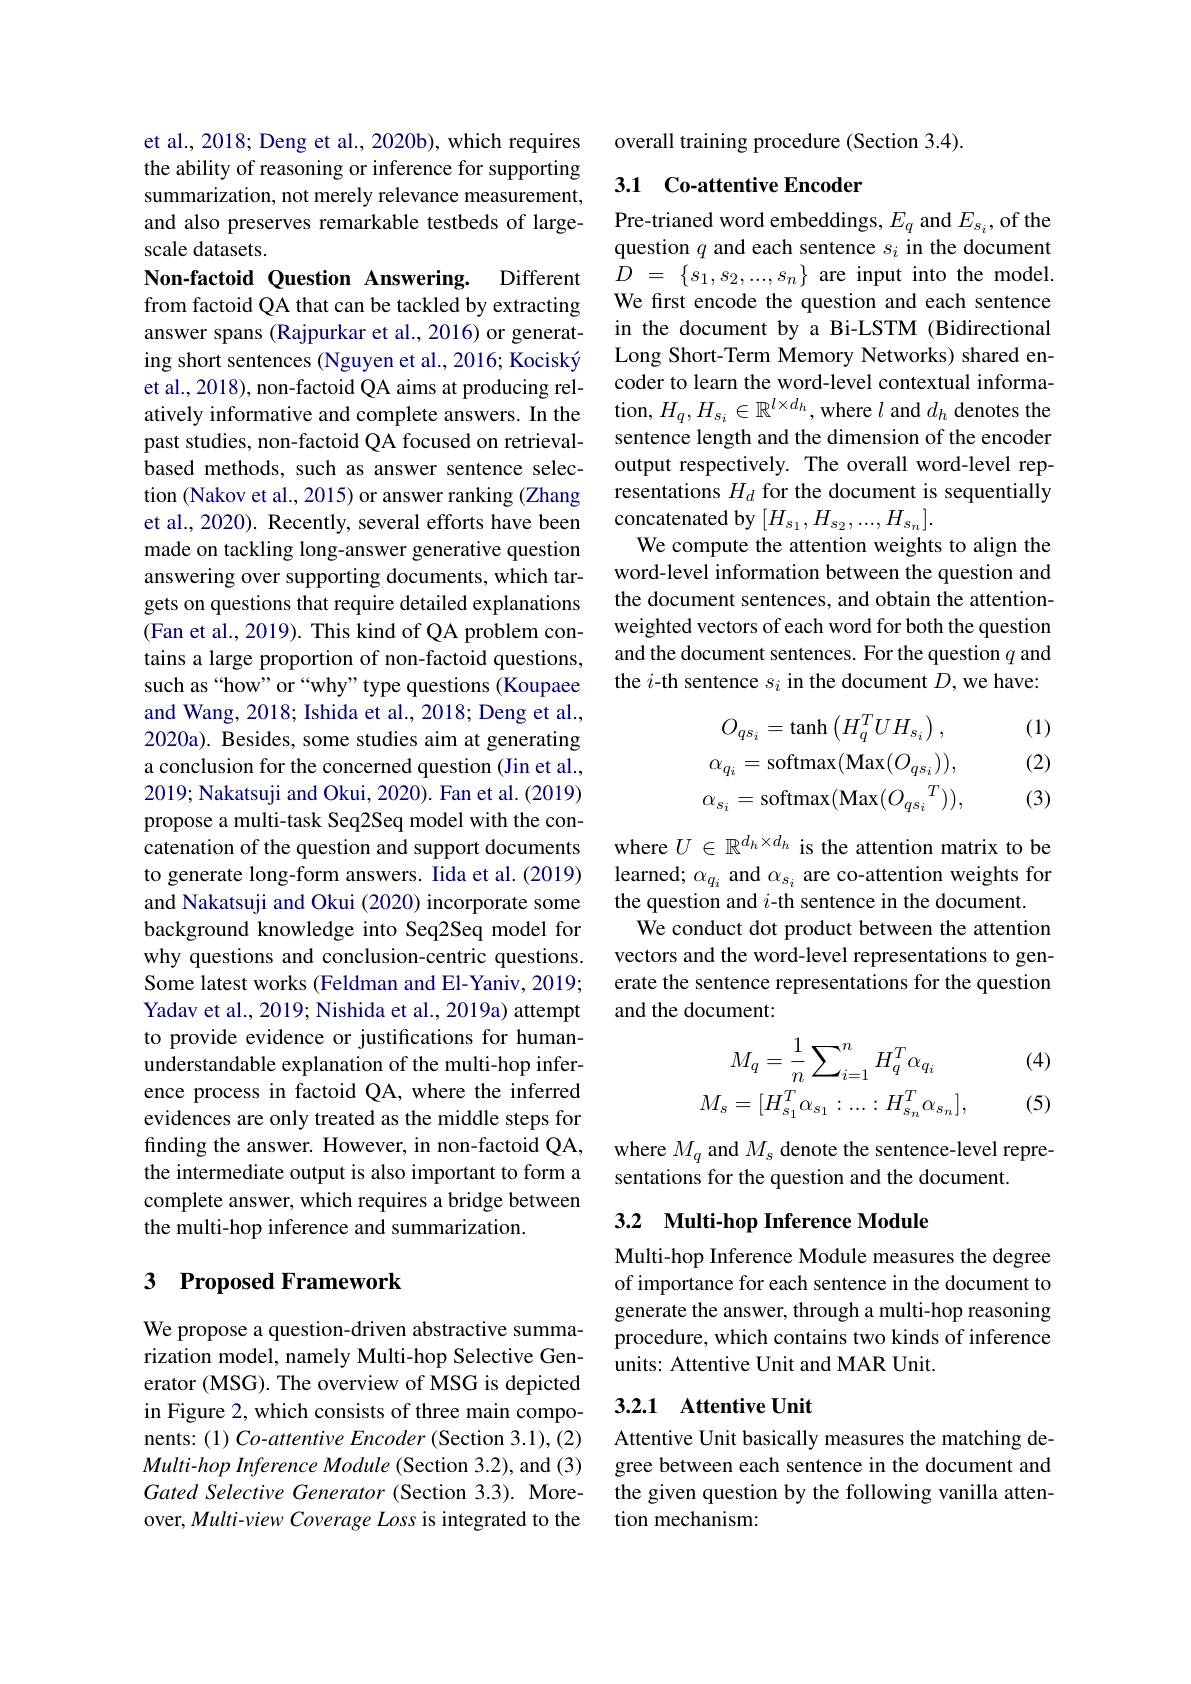
et al., 2018; Deng et al., 2020b), which requires the ability of reasoning or inference for supporting summarization, not merely relevance measurement, and also preserves remarkable testbeds of largescale datasets.

Non-factoid Question Answering. Different from factoid QA that can be tackled by extracting answer spans (Rajpurkar et al., 2016) or generating short sentences (Nguyen et al., 2016; Kociský et al., 2018), non-factoid QA aims at producing relatively informative and complete answers. In the past studies, non-factoid QA focused on retrievalbased methods, such as answer sentence selection (Nakov et al., 2015) or answer ranking (Zhang et al., 2020). Recently, several efforts have been made on tackling long-answer generative question answering over supporting documents, which targets on questions that require detailed explanations (Fan et al., 2019). This kind of QA problem contains a large proportion of non-factoid questions, such as“how” or“why” type questions(Koupaee and Wang, 2018; Ishida et al., 2018; Deng et al., 2020a). Besides, some studies aim at generating a conclusion for the concerned question (Jin et al., 2019; Nakatsuji and Okui, 2020). Fan et al. (2019) propose a multi-task Seq2Seq model with the concatenation of the question and support documents to generate long-form answers. Iida et al.(2019) and Nakatsuji and Okui (2020) incorporate some background knowledge into Seq2Seq model for why questions and conclusion-centric questions. Some latest works (Feldman and El-Yaniv, 2019; Yadav et al., 2019; Nishida et al., 2019a) attempt to provide evidence or justifications for humanunderstandable explanation of the multi-hop inference process in factoid QA, where the inferred evidences are only treated as the middle steps for finding the answer. However, in non-factoid QA, the intermediate output is also important to form a complete answer, which requires a bridge between the multi-hop inference and summarization.

## 3 Proposed Framework

We propose a question-driven abstractive summarization model, namely Multi-hop Selective Generator (MSG). The overview of MSG is depicted in Figure 2, which consists of three main components: (1) Co-attentive Encoder (Section 3.1), (2) Multi-hop Inference Module (Section 3.2), and (3) Gated Selective Generator (Section 3.3). Moreover, Multi-view Coverage Loss is integrated to the

overall training procedure (Section 3.4).

## 3.1 Co-attentive Encoder

Pre-trianed word embeddings, $E_q$ and $E_{s_i}$, of the question $q$ and each sentence $s_i$ in the document ${\hat{D} }$ = $\{ s_{1}, s_{2}, . . . , s_{n}\}$are input into the model. We first encode the question and each sentence in the document by a Bi-LSTM (Bidirectional Long Short-Term Memory Networks) shared encoder to learn the word-level contextual information, $H_q,H_{s_i}\in\mathbb{R}^{l\times d_h}$, where $l$ and $d_h$ denotes the sentence length and the dimension of the encoder output respectively. The overall word-level representations $H_d$ for the document is sequentially concatenated by $[H_{s_1},H_{s_2},...,H_{s_n}].$
We compute the attention weights to align the word-level information between the question and the document sentences, and obtain the attentionweighted vectors of each word for both the question and the document sentences. For the question $q$ and the $i$-th sentence $s_i$ in the document $D$,we have:

(1)

(2)
$$O_{qs_{i}}=\mathrm{tanh}\left(H_{q}^{T}UH_{s_{i}}\right),\\\alpha_{q_{i}}=\mathrm{softmax}(\mathrm{Max}(O_{qs_{i}})),\\\alpha_{s_{i}}=\mathrm{softmax}(\mathrm{Max}(O_{qs_{i}}{}^{T})),$$
(3)

where $U\in\mathbb{R}^{d_h\times d_h}$ is the attention matrix to be learned; $\alpha_{q_{i}}$ and $\alpha_{s_{i}}$ are co-attention weights for the question and $i$-th sentence in the document.
We conduct dot product between the attention vectors and the word-level representations to generate the sentence representations for the question and the document:

(4)
$$M_{q}=\frac{1}{n}\sum_{i=1}^{n}H_{q}^{T}\alpha_{q_{i}}\\M_{s}=[H_{s_{1}}^{T}\alpha_{s_{1}}:...:H_{s_{n}}^{T}\alpha_{s_{n}}],$$
(5)

where $M_q$ and $M_s$ denote the sentence-level repre-
sentations for the question and the document.

## 3.2 Multi-hop Inference Module

Multi-hop Inference Module measures the degree of importance for each sentence in the document to generate the answer, through a multi-hop reasoning procedure, which contains two kinds of inference units: Attentive Unit and MAR Unit.

## 3.2.1 Attentive Unit

Attentive Unit basically measures the matching degree between each sentence in the document and the given question by the following vanilla attention mechanism: